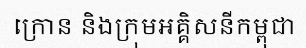
ក្រោន និងក្រុមអគ្គិសនីកម្ពុជា